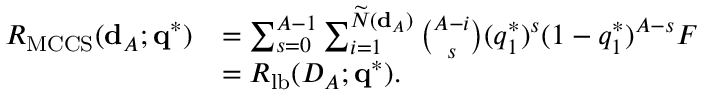
\begin{array} { r l } { R _ { \mathrm { M C C S } } ( { \bf d } _ { \cal A } ; { \bf q } ^ { * } ) } & { = \sum _ { s = 0 } ^ { A - 1 } \sum _ { i = 1 } ^ { \widetilde { N } ( { \bf d } _ { \cal A } ) } \binom { A - i } { s } ( q _ { 1 } ^ { * } ) ^ { s } ( 1 - q _ { 1 } ^ { * } ) ^ { A - s } F } \\ & { = R _ { \mathrm { l b } } ( { \cal D } _ { \cal A } ; { \bf q } ^ { * } ) . } \end{array}